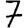
Digit: 7